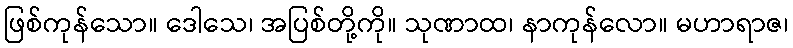
ဖြစ်ကုန်သော။ ဒေါသေ၊ အပြစ်တို့ကို။ သုဏာထ၊ နာကုန်လော။ မဟာရာဇ၊